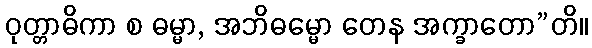
ဝုတ္တာဓိကာ စ ဓမ္မာ, အဘိဓမ္မော တေန အက္ခာတော”တိ။